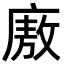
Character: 廒